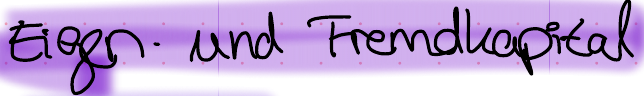
Eigen - und Fremdkapital